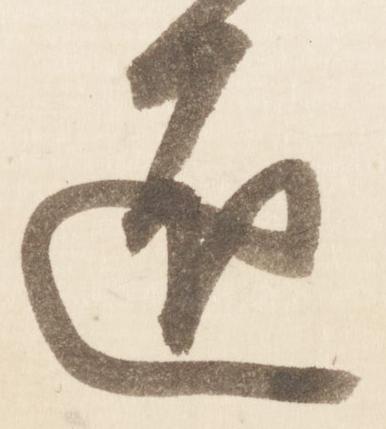
匠